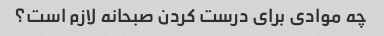
چه موادی برای درست کردن صبحانه لازم است؟